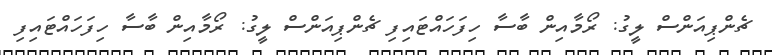
ޗެންޕިއަންސް ލީގު: ރޯމާއިން ބާސާ ހިފަހައްޓައިފި ޗެންޕިއަންސް ލީގު: ރޯމާއިން ބާސާ ހިފަހައްޓައިފި